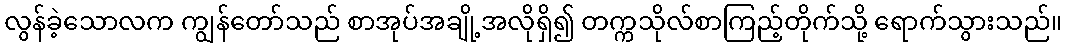
လွန်ခဲ့သောလက ကျွန်တော်သည် စာအုပ်အချို့အလိုရှိ၍ တက္ကသိုလ်စာကြည့်တိုက်သို့ ရောက်သွားသည်။